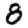
Digit: 8